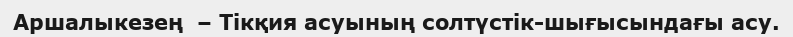
Аршалыкезең  – Тікқия асуының солтүстік-шығысындағы асу.